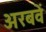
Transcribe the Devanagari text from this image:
अरबवें